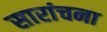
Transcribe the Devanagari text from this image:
सारांचना